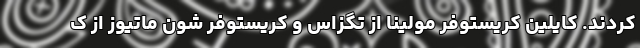
کردند. کایلین کریستوفر مولینا از تگزاس و کریستوفر شون ماتیوز از ک